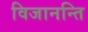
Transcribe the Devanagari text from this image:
विजानन्ति